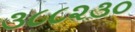
૩૮૮૨૩૦